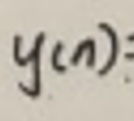
$y(n)$